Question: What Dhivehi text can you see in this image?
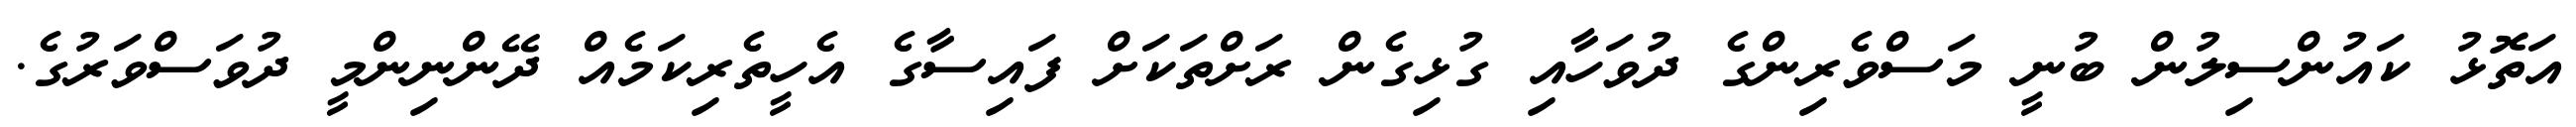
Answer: އަތޮޅު ކައުންސިލުން ބުނީ މަސްވެރިންގެ ދުވަހާއި ގުޅިގެން ރަށްތަކަށް ފައިސާގެ އެހީތެރިކަމެއް ދޭންނިންމީ ދުވަސްވަރުގެ.